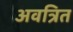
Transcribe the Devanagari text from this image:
अवत्रित